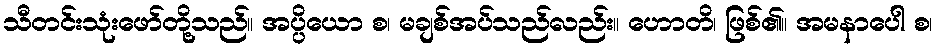
သီတင်းသုံးဖော်တို့သည်။ အပ္ပိယော စ၊ မချစ်အပ်သည်လည်း။ ဟောတိ၊ ဖြစ်၏။ အမနာပေါ စ၊